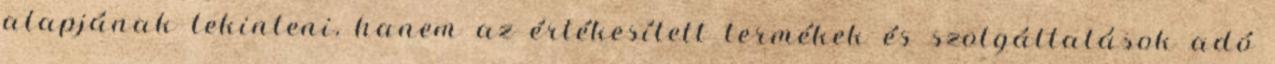
alapjának tekinteni, hanem az értékesített termékek és szolgáltatások adó